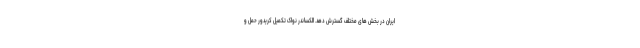
ایران در بخش های مختلف گسترش دهد. الکساندر نواک تکمیل کریدور حمل و